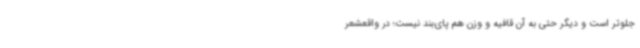
جلوتر است و دیگر حتی به آن قافیه و وزن هم پای‌بند نیست؛ در واقعشعر